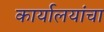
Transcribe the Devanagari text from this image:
कार्यालयांचा